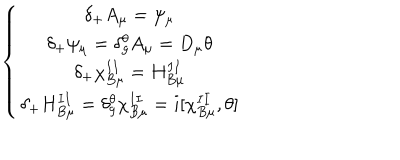
LaTeX: \left\{ \begin{array} { c } { { \delta _ { + } A _ { \mu } = \psi _ { \mu } } } \\ { { \delta _ { + } \psi _ { \mu } = \delta _ { g } ^ { \theta } A _ { \mu } = D _ { \mu } \theta } } \\ { { \delta _ { + } \chi _ { B \mu } ^ { I I } = H _ { B \mu } ^ { I I } } } \\ { { \delta _ { + } H _ { B \mu } ^ { I I } = \delta _ { g } ^ { \theta } \chi _ { B \mu } ^ { I I } = i [ \chi _ { B \mu } ^ { I I } , \theta ] } } \\ \end{array} \right.